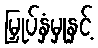
မြှုပ်နှံမှုနှင့်